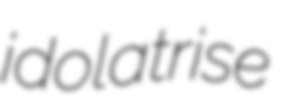
idolatrise